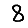
Digit: 8